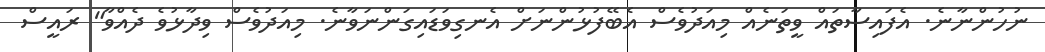
ނުހުންނާނެ. އެފައިސާތައް ވީތަނެއް މިއަދުވެސް އެބޭފުޅުންނަށް އެނގިވަޑައިގަންނަވާނެ. މިއަދުވެސް ވިދާޅުވެ ދެއްވާ" ރައީސް